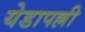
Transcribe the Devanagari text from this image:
येडापल्ली